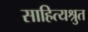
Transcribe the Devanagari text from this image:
साहित्यश्रुत